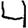
Digit: 4